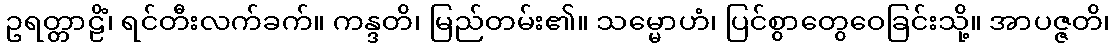
ဥရတ္တာဠိံ၊ ရင်တီးလက်ခက်။ ကန္ဒတိ၊ မြည်တမ်း၏။ သမ္မောဟံ၊ ပြင်စွာတွေဝေခြင်းသို့။ အာပဇ္ဇတိ၊